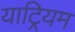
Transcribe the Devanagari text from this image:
याट्रियम